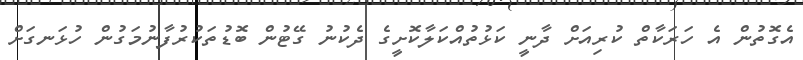
އެގޮތުން އެ ހަރަކާތް ކުރިއަށް ދާނީ ކަޅުތުއްކަލާކޮށީގެ ދެކުނު ގޭޓުން ބޮޑުތަކުރުފާނުމަގުން ހުޅަނގަށް